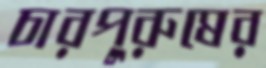
চারপুরুষের